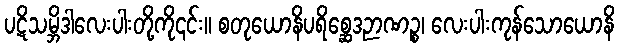
ပဋိသမ္ဘိဒါလေးပါးတို့ကို၎င်း။ စတုယောနိပရိစ္ဆေဒဉာဏဉ္စ၊ လေးပါးကုန်သောယောနိ